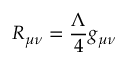
R _ { \mu \nu } = \frac { \Lambda } { 4 } g _ { \mu \nu }